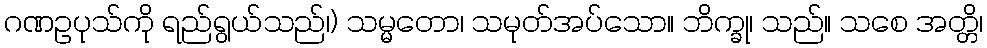
ဂဏဥပုသ်ကို ရည်ရွယ်သည်၊) သမ္မတော၊ သမုတ်အပ်သော။ ဘိက္ခု၊ သည်။ သစေ အတ္တိ၊